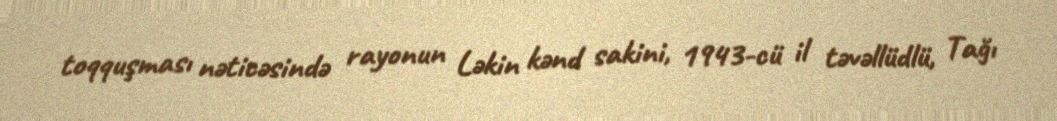
toqquşması nəticəsində rayonun Ləkin kənd sakini, 1943-cü il təvəllüdlü, Tağı